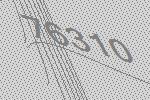
76310